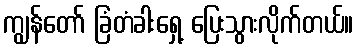
ကျွန်တော် ခြံတံခါးရှေ့ ပြေးသွားလိုက်တယ်။